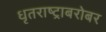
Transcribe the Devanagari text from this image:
धृतराष्ट्राबरोबर